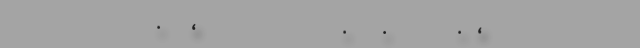
.      ،                             .       .              .   ،